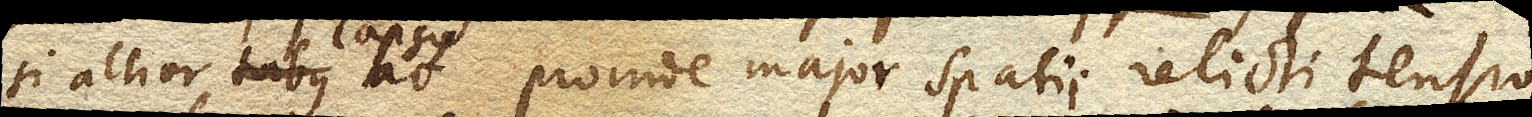
si altior Tubus lapsus ac proinde major spatii relicti tensio,